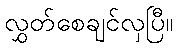
လွှတ်စေချင်လှပြီ။